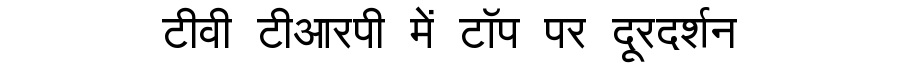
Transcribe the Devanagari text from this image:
टीवी टीआरपी में टॉप पर दूरदर्शन